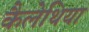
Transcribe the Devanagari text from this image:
कैलेथिया